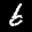
Label: 6